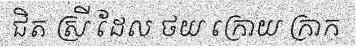
ជិត ស្រី ដែល ថយ ក្រោយ ក្រាក